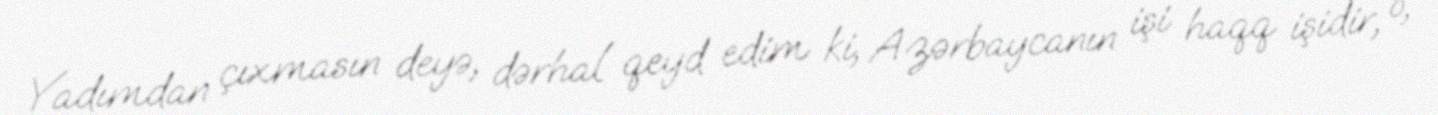
Yadımdan çıxmasın deyə, dərhal qeyd edim ki, Azərbaycanın işi haqq işidir, o,